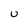
Character: U